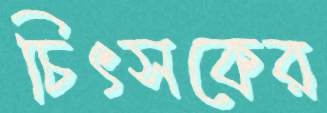
চিৎসকের